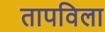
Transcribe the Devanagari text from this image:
तापविला